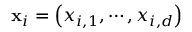
{ \bf x } _ { i } = \left( x _ { i , 1 } , \cdots , x _ { i , d } \right)